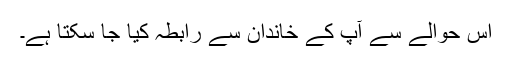
اس حوالے سے آپ کے خاندان سے رابطہ کیا جا سکتا ہے۔